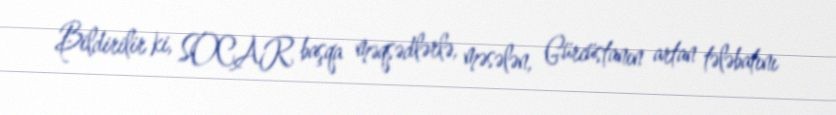
Bildirilir ki, SOCAR başqa məqsədlərlə, məsələn, Gürcüstanın artan tələbatını